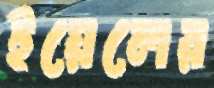
ইয়েলের